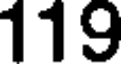
119